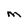
Character: m